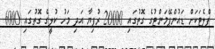
ފްލެޓަކަށް ޑައުންޕޭމަންޓުގެ ގޮތުގައި 20000 ރުފިޔާ އަދި މަހު ކުލީގެ ގޮތުގައި 6000